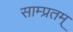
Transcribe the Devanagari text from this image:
साम्प्रतम्